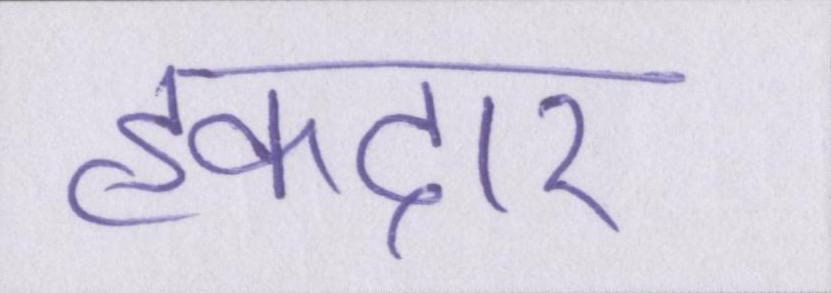
हकदार